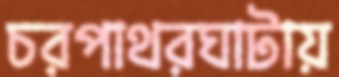
চরপাথরঘাটায়